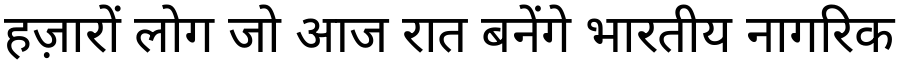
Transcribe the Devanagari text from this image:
हज़ारों लोग जो आज रात बनेंगे भारतीय नागरिक